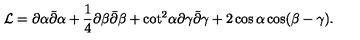
{ \cal L } = \partial \alpha \bar { \partial } \alpha + { \frac { 1 } { 4 } } \partial \beta \bar { \partial } \beta + { \cot } ^ { 2 } \alpha \partial \gamma \bar { \partial } \gamma + 2 \cos \alpha \cos ( \beta - \gamma ) .